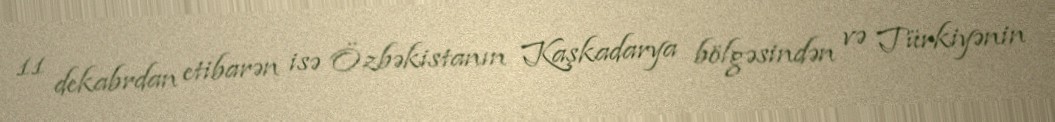
11 dekabrdan etibarən isə Özbəkistanın Kaşkadarya bölgəsindən və Türkiyənin